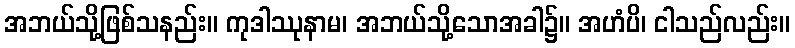
အဘယ်သို့ဖြစ်သနည်း။ ကုဒါဿုနာမ၊ အဘယ်သို့သောအခါ၌။ အဟံပိ၊ ငါသည်လည်း။